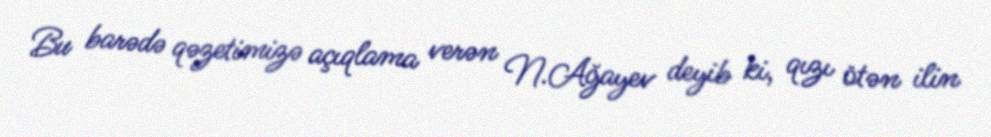
Bu barədə qəzetimizə açıqlama verən N.Ağayev deyib ki, qızı ötən ilin